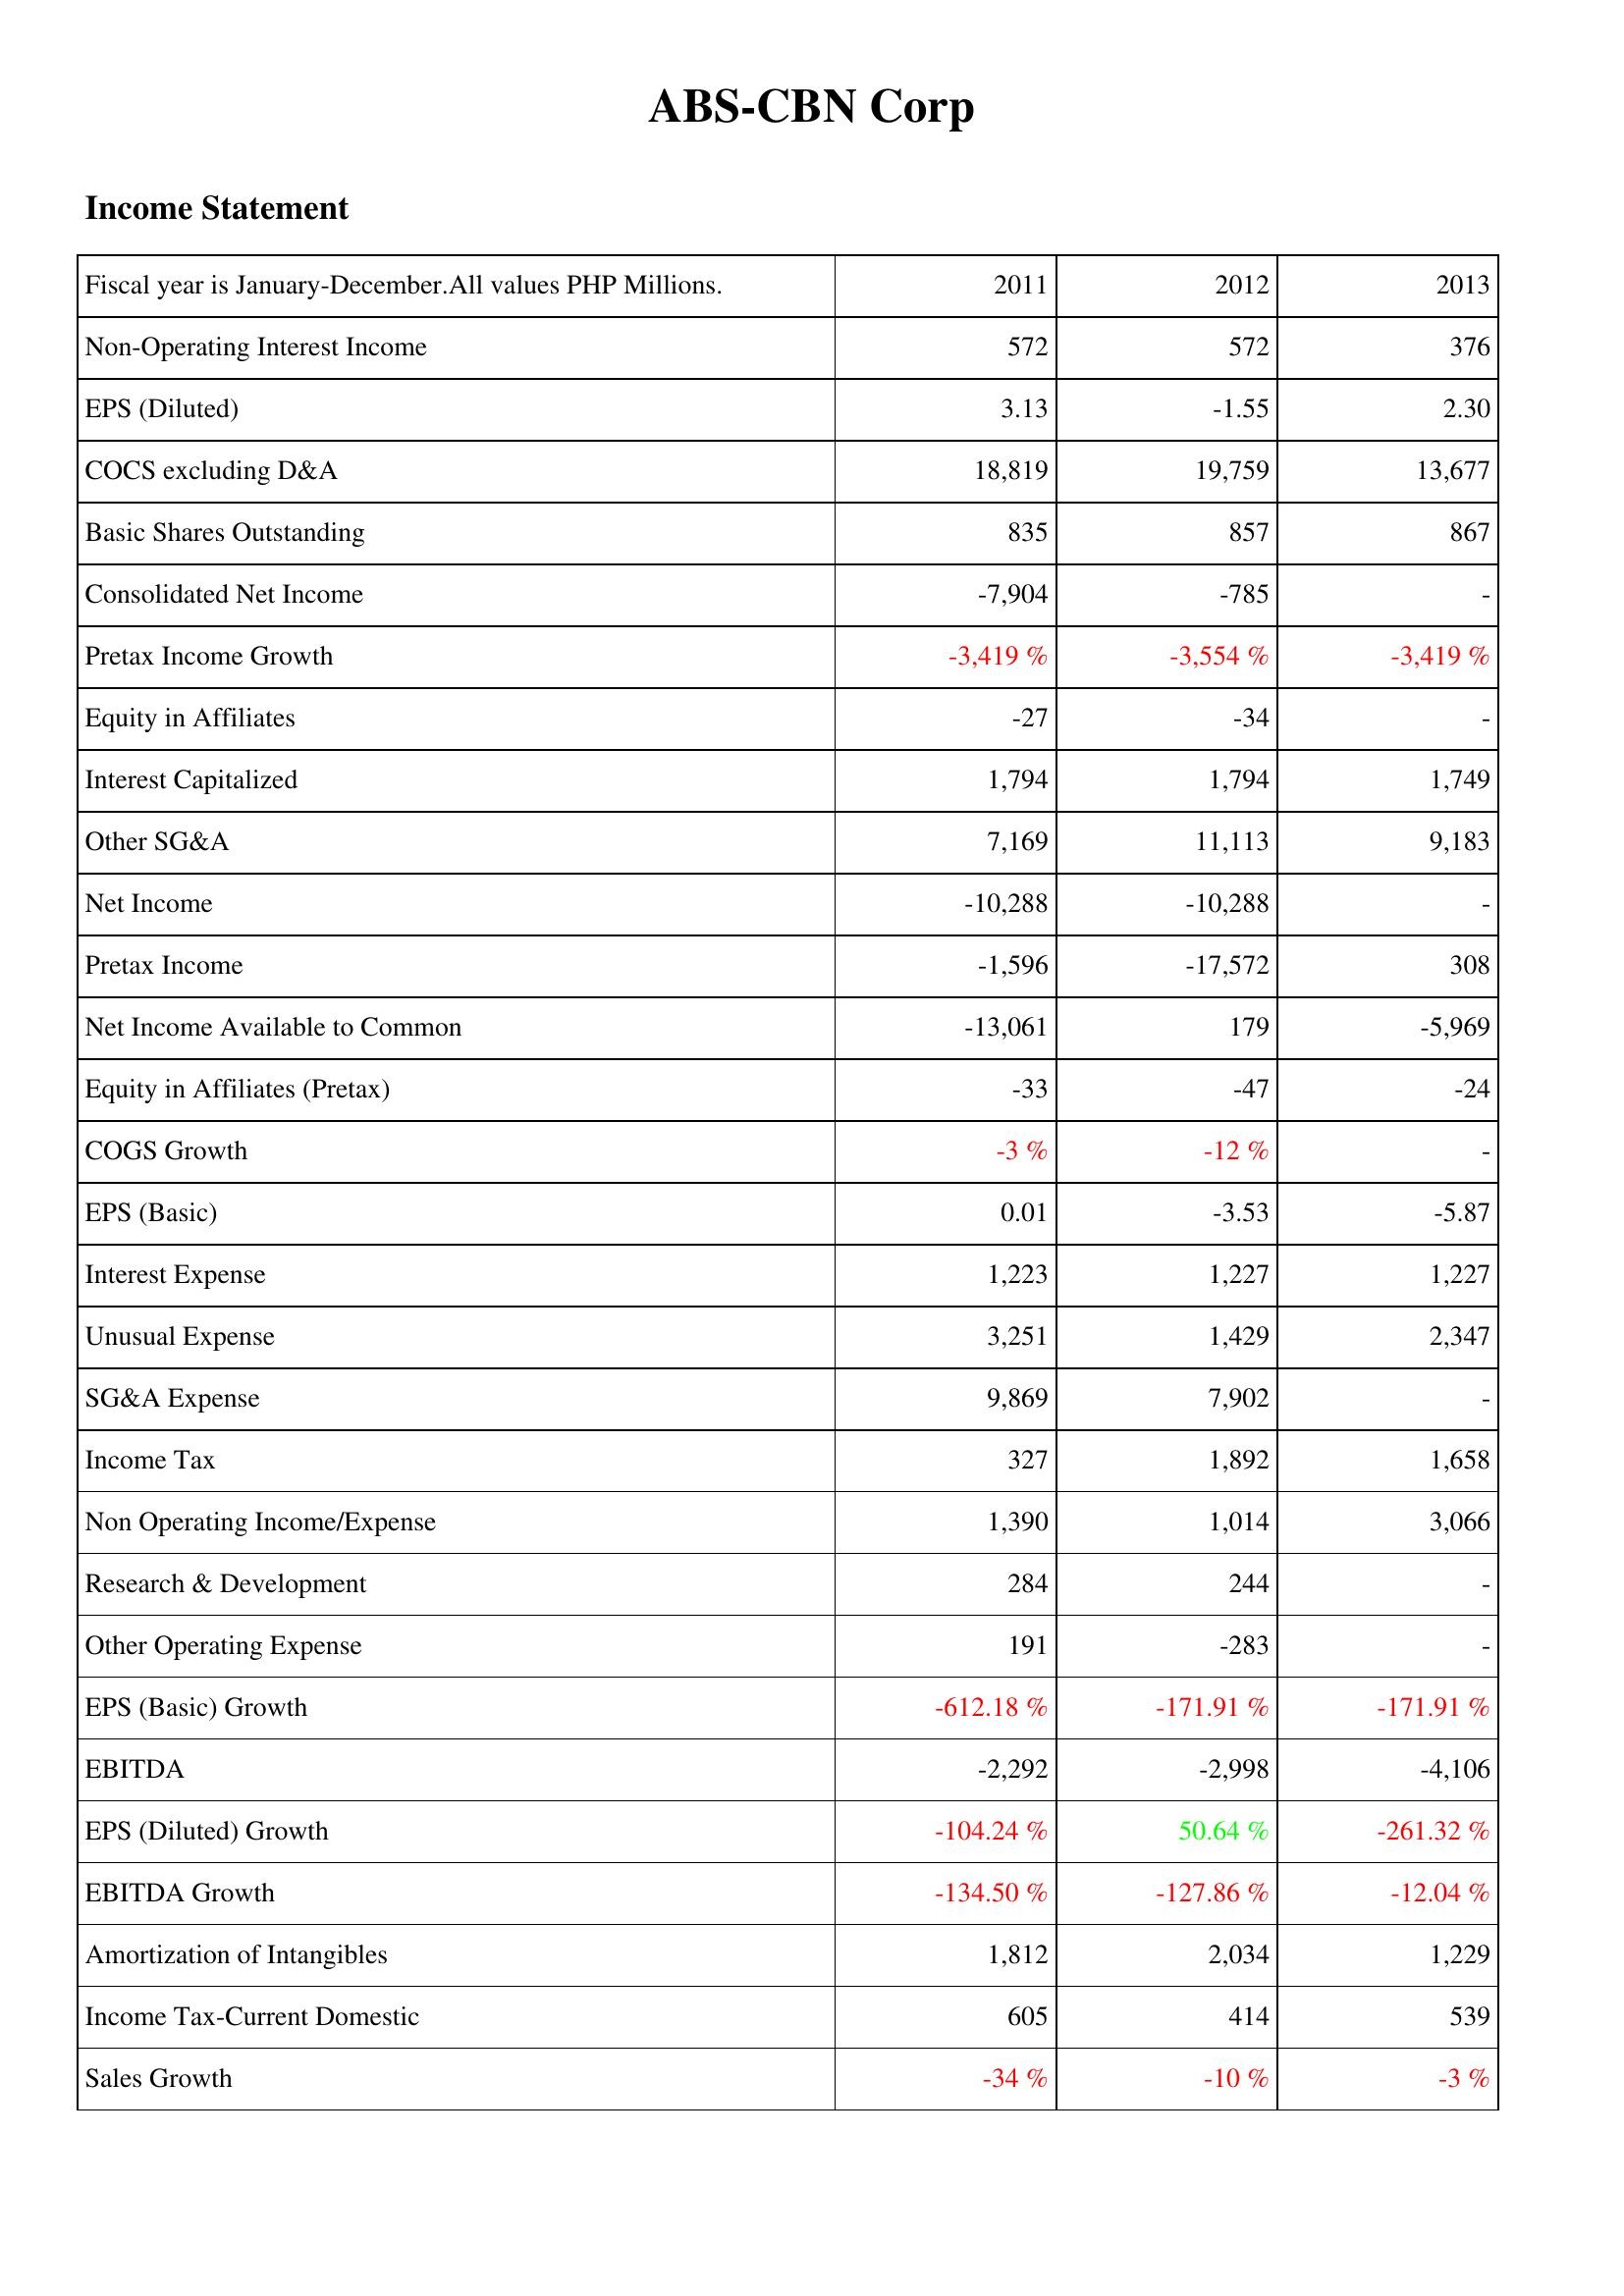
2011: Income Statement: Non-Operating Interest Income: 572
EPS (Diluted): 3.13
COCS excluding D&A: 18,819
Basic Shares Outstanding: 835
Consolidated Net Income: -7,904
Pretax Income Growth: -3,419 %
Equity in Affiliates: -27
Interest Capitalized: 1,794
Other SG&A: 7,169
Net Income: -10,288
Pretax Income: -1,596
Net Income Available to Common: -13,061
Equity in Affiliates (Pretax): -33
COGS Growth: -3 %
EPS (Basic): 0.01
Interest Expense: 1,223
Unusual Expense: 3,251
SG&A Expense: 9,869
Income Tax: 327
Non Operating Income/Expense: 1,390
Research & Development: 284
Other Operating Expense: 191
EPS (Basic) Growth: -612.18 %
EBITDA: -2,292
EPS (Diluted) Growth: -104.24 %
EBITDA Growth: -134.50 %
Amortization of Intangibles: 1,812
Income Tax-Current Domestic: 605
Sales Growth: -34 %
2012: Income Statement: Non-Operating Interest Income: 572
EPS (Diluted): -1.55
COCS excluding D&A: 19,759
Basic Shares Outstanding: 857
Consolidated Net Income: -785
Pretax Income Growth: -3,554 %
Equity in Affiliates: -34
Interest Capitalized: 1,794
Other SG&A: 11,113
Net Income: -10,288
Pretax Income: -17,572
Net Income Available to Common: 179
Equity in Affiliates (Pretax): -47
COGS Growth: -12 %
EPS (Basic): -3.53
Interest Expense: 1,227
Unusual Expense: 1,429
SG&A Expense: 7,902
Income Tax: 1,892
Non Operating Income/Expense: 1,014
Research & Development: 244
Other Operating Expense: -283
EPS (Basic) Growth: -171.91 %
EBITDA: -2,998
EPS (Diluted) Growth: 50.64 %
EBITDA Growth: -127.86 %
Amortization of Intangibles: 2,034
Income Tax-Current Domestic: 414
Sales Growth: -10 %
2013: Income Statement: Non-Operating Interest Income: 376
EPS (Diluted): 2.30
COCS excluding D&A: 13,677
Basic Shares Outstanding: 867
Consolidated Net Income: -
Pretax Income Growth: -3,419 %
Equity in Affiliates: -
Interest Capitalized: 1,749
Other SG&A: 9,183
Net Income: -
Pretax Income: 308
Net Income Available to Common: -5,969
Equity in Affiliates (Pretax): -24
COGS Growth: -
EPS (Basic): -5.87
Interest Expense: 1,227
Unusual Expense: 2,347
SG&A Expense: -
Income Tax: 1,658
Non Operating Income/Expense: 3,066
Research & Development: -
Other Operating Expense: -
EPS (Basic) Growth: -171.91 %
EBITDA: -4,106
EPS (Diluted) Growth: -261.32 %
EBITDA Growth: -12.04 %
Amortization of Intangibles: 1,229
Income Tax-Current Domestic: 539
Sales Growth: -3 %